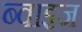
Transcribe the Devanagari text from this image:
ब्वाइज